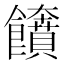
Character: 𩟲